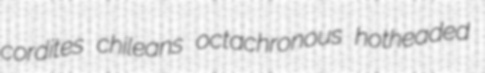
cordites chileans octachronous hotheaded